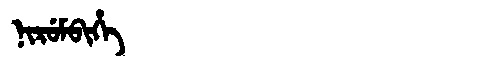
Manchu: ᠨᡳᡵᡠᠮᠪᡳᡥᡝ
Romanization: NIRUMBIHE